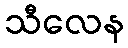
သီလေန